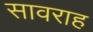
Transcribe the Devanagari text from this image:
सावराह